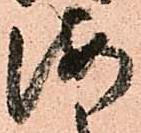
海